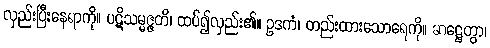
လှည်းပြီးနေရာကို။ ပဋိသမ္မဇ္ဇတိ၊ ထပ်၍လှည်း၏။ ဥဒကံ၊ တည်းထားသောရေကို။ ဆဋ္ဌေတွာ၊